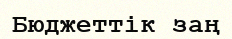
Бюджеттік заң